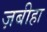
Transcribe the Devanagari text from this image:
ज़बीहा